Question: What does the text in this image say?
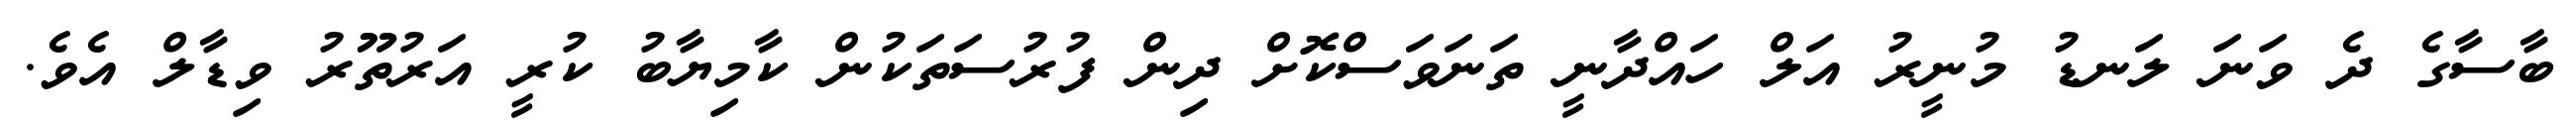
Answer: ބާސާގެ ދެ ވަނަ ލަނޑު މުނީރު އަލް ހައްދާނީ ތަނަވަސްކޮށް ދިން ފުރުސަތަކުން ކާމިޔާބު ކުރީ އަރުތޫރު ވިޑާލް އެވެ.